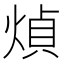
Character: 𤋺